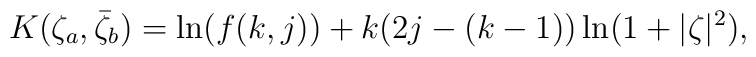
K(\zeta_a,\bar{\zeta}_b) = \ln (f(k,j)) + k(2j-(k-1))\ln(1+|\zeta|^2),